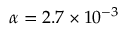
\alpha = 2 . 7 \times 1 0 ^ { - 3 }